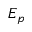
E _ { p }